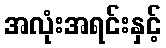
အလုံးအရင်းနှင့်